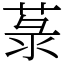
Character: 菉